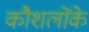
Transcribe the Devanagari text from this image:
कौशलोंके